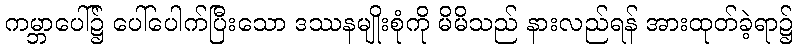
ကမ္ဘာပေါ်၌ ပေါ်ပေါက်ပြီးသော ဒဿနမျိုးစုံကို မိမိသည် နားလည်ရန် အားထုတ်ခဲ့ရာ၌